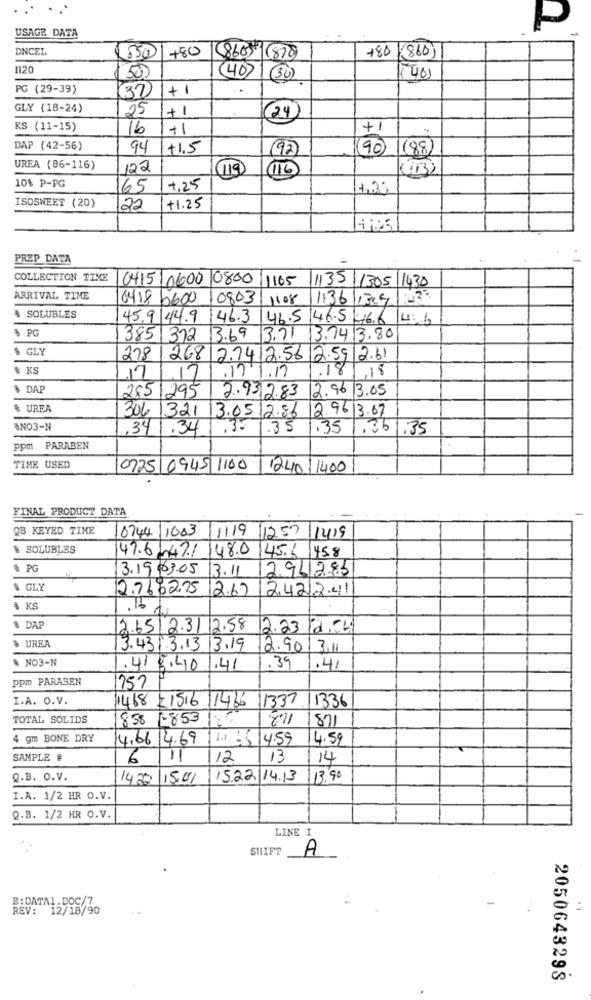
USAGE DATA
P
DNCEL
+80 (860)
$5501+80
(860) (870
1120
150)
(40)
(30)
401
PG (29-39)
(37)
+1
GLY (18-24)
25
+1
(24
KS (11-15)
16
+1
DAP (42-56)
94
+1.5
(92)
(90) (88)
UREA (86-116)
122
119
16
10% P-PG
65
4,25
1,3%
ISOSWEET (20)
22
+1.25
PREP DATA
COLLECTION TINE
0415/0600 0800
1165
1135 1305 1430
ARRIVAL TIME
0418 6600 10803
1108
1136 1369|1433
$ SOLUBLES
45.9 44.9 46.3 46.5 46.546.6 46
5 PG
385 312 13.69 3.71
3.7413.80
$ GLY
278268 2.7412.56 2.59|2.61
$ KS
.18.18
17
,17
.17.1.17
$ DAP
2851295
2.96 13.05
2.9312.83
% UREA
306.1321 13.05/2.86
2.9613.67
ANO3-N
,341.34
.35
1.35
,351.35
ppm PARABEN
TIME USED
0725 0945 1100
1240/1400
FINAL PRODUCT DATA
QB KEYED TIME
0744 /1003
11119 1257 1419
$ SOLUBLES
47.6242/148.0.145.6 458
* PG
3.19.3.05
13.11
2.9612.83
$ GLY
2.7602.75
12.67
2421341
4 KS
.15
DAP
2.65/2.31 2.58
12.23 12.4
% UREA
3.431.3.13 3.19
12.90 3.11
$ NO3-N
1.41 8.40 1,41
.39
.41
ppm PARABEN
757
I.A. O.V.
1468 21516
11436 1337 11336
TOTAL SOLIDS
858 1-853
811
871
4 gm BONE DRY
14.66 14.69
4:59
4.59
SAMPLE #
6
12
13
14
Q.B. O.V.
14,20
15.01
15.22|14.13
113.90
I.A. 1/2 HR O.V.
Q.B. 1/2 HR O.V.
LINE I
SHIFT
A
B: DATA1.DOC/7
REV: 12/18/90
2050643298